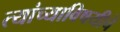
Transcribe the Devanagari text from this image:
त्यांच्याविषयीचे